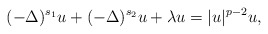
\begin{align*} (-\Delta)^{s_1} u +(-\Delta)^{s_2} u + \lambda u=|u|^{p-2} u,\end{align*}